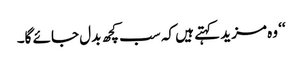
‘‘ وہ مزید کہتے ہیں کہ سب کچھ بدل جائے گا۔